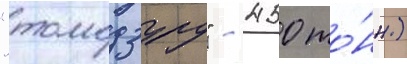
"томодзуру" - 450 то́нн)